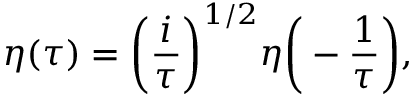
\eta ( \tau ) = \bigg ( \frac { i } { \tau } \bigg ) ^ { 1 / 2 } \eta \bigg ( - \frac { 1 } { \tau } \bigg ) ,